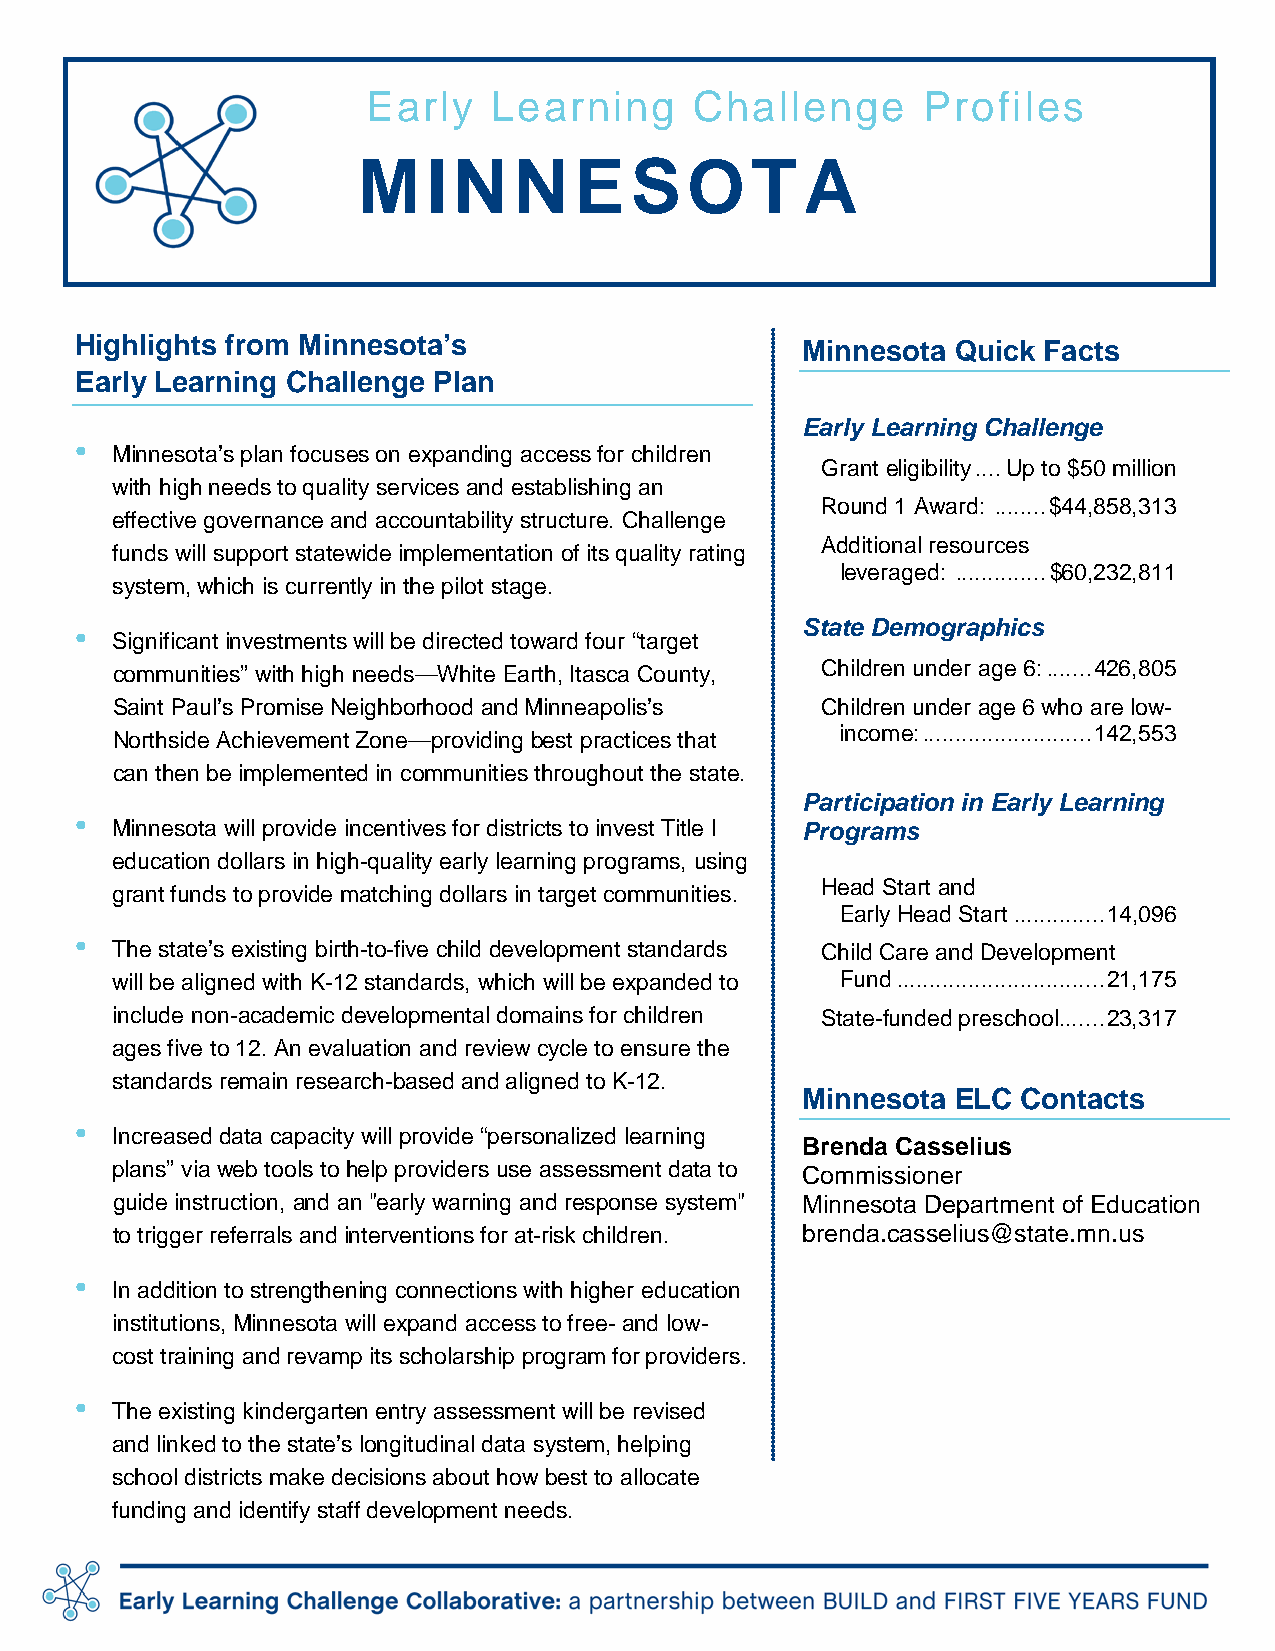
Early    Learning     Challenge      Profiles
 M   IN    N   ESOT           A
 Highlights from Minnesota’s                     Minnesota Quick Facts
 Early Learning Challenge Plan
 Early Learning Challenge
 •
 Minnesota’s plan focuses on expanding access for children
 Grant eligibility .... Up to $50 million
 with high needs to quality services and establishing an
 Round 1 Award: ........ $44,858,313
 effective governance and accountability structure. Challenge
 Additional resources
 funds will support statewide implementation of its quality rating
 leveraged: .............. $60,232,811
 system, which is currently in the pilot stage.
 •                                               State Demographics
 Significant investments will be directed toward four “target
 communities” with high needs—White Earth, Itasca County, Children under age 6: ....... 426,805
 Saint Paul’s Promise Neighborhood and Minneapolis’s Children under age 6 who are low-
 income: .......................... 142,553
 Northside Achievement Zone—providing best practices that
 can then be implemented in communities throughout the state.
 Participation in Early Learning
 •
 Minnesota will provide incentives for districts to invest Title I Programs
 education dollars in high-quality early learning programs, using
 Head Start and
 grant funds to provide matching dollars in target communities.
 Early Head Start .............. 14,096
 •
 The state’s existing birth-to-five child development standards Child Care and Development
 will be aligned with K-12 standards, which will be expanded to Fund ................................ 21,175
 include non-academic developmental domains for children State-funded preschool ....... 23,317
 ages five to 12. An evaluation and review cycle to ensure the
 standards remain research-based and aligned to K-12.
 Minnesota ELC  Contacts
 •
 Increased data capacity will provide “personalized learning
 Brenda Casselius
 plans” via web tools to help providers use assessment data to Commissioner
 guide instruction, and an "early warning and response system" Minnesota Department of Education
 to trigger referrals and interventions for at-risk children. brenda.casselius@state.mn.us
 •
 In addition to strengthening connections with higher education
 institutions, Minnesota will expand access to free- and low-
 cost training and revamp its scholarship program for providers.
 •
 The existing kindergarten entry assessment will be revised
 and linked to the state’s longitudinal data system, helping
 school districts make decisions about how best to allocate
 funding and identify staff development needs.